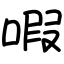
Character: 㗇